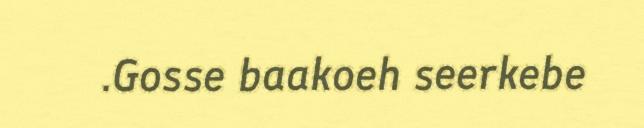
.Gosse baakoeh seerkebe